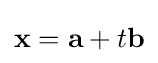
\mathbf {x} =\mathbf {a} +t\mathbf {b}